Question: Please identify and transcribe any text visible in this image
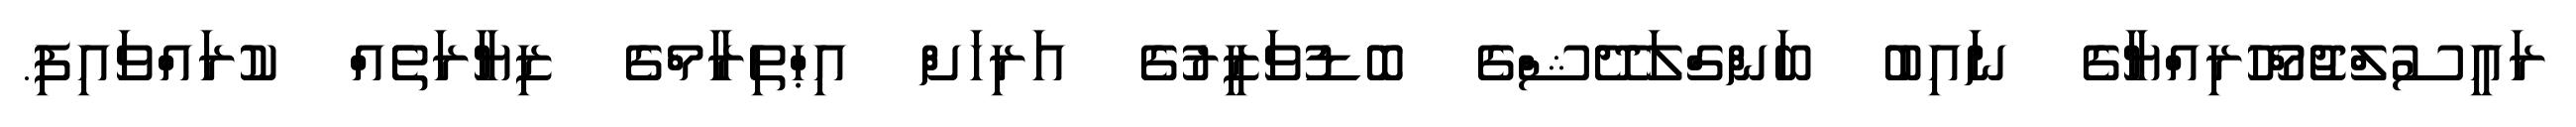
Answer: ރައީސުލްޖުމްހޫރިއްޔާގެ ނައިބު ބަންގްލަދޭޝްގެ ބޮޑުވަޒީރުގެ އަރިހަށް އިޙްތިރާމްގެ ޒިޔާރަތެއް ކުރައްވައިފި.